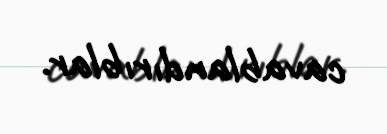
cavablandırıblar.